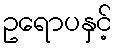
ဥရောပနှင့်